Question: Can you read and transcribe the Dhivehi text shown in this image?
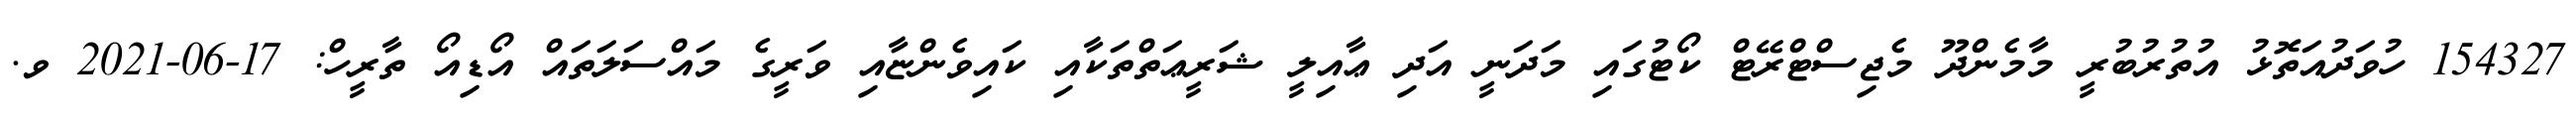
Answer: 154327 ހުވަދުއަތޮޅު އުތުރުބުރީ މާމެންދޫ މެޖިސްޓްރޭޓް ކޯޓުގައި މަދަނީ އަދި ޢާއިލީ ޝަރީޢަތްތަކާއި ކައިވެންޏާއި ވަރީގެ މައްސަލަތައް އޯޑިއޯ ތާރީހް: 17-06-2021 ވ.